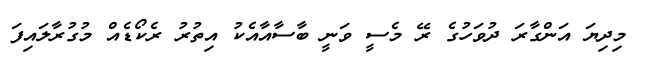
މިދިޔަ އަންގާރަ ދުވަހުގެ ރޭ މެސީ ވަނީ ބާސާއާއެކު އިތުރު ރެކޯޑެއް މުގުރާލައިފަ